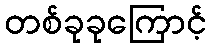
တစ်ခုခုကြောင့်